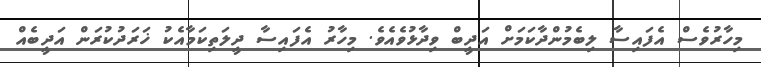
މިހާރުވެސް އެފައިސާ ލިބެމުންދާކަމަށް އަދީބް ވިދާޅުވެެއެވެ. މިހާރު އެފައިސާ ދީލަތިކަމާއެކު ޚަރަދުކުރަން އަދީބެއް